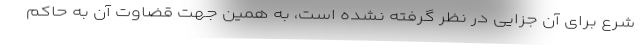
شرع برای آن جزایی در نظر گرفته نشده است، به همین جهت قضاوت آن به حاکم